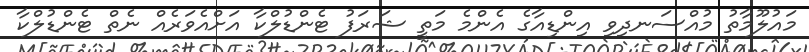
މައުލޫމާތު މުއްސަނދިވި އިންޑިއާގެ އެންމެ މަތީ ޝަރަފު ޓެންޑުލްކާ އަށްއެވަރެއް ނެތް ޓެންޑުލްކާ